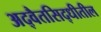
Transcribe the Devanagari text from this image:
अद्वैतसिद्धीतील